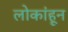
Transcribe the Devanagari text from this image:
लोकांहून